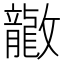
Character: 𫿤